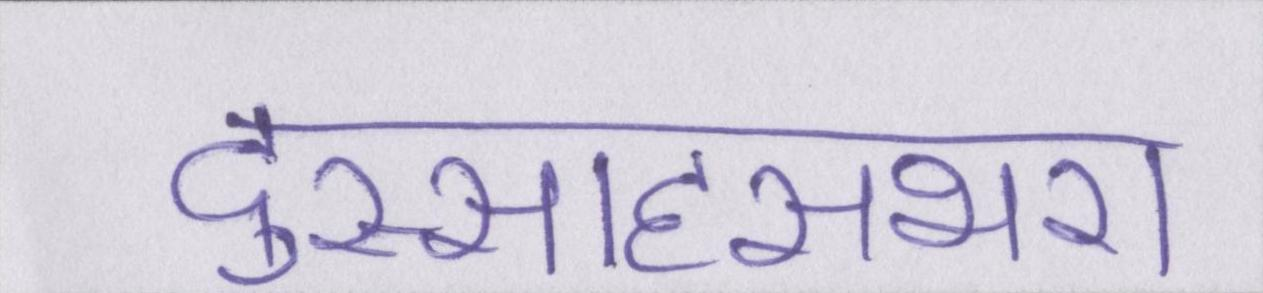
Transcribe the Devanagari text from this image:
दुस्साहसभरा